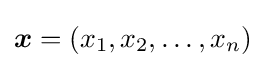
{\boldsymbol {x}}=\left(x_{1},x_{2},\ldots ,x_{n}\right)